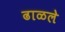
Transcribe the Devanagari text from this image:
ढाळले